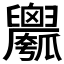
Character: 𱰇